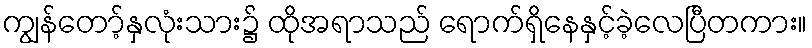
ကျွန်တော့်နှလုံးသား၌ ထိုအရာသည် ရောက်ရှိနေနှင့်ခဲ့လေပြီတကား။